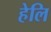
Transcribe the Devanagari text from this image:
हेलि